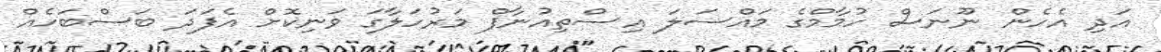
އަދި އެހެން ނޫނަސް ހުމާމްގެ މައްސަލަ އިސްތިއުނާފް މަރުހަލާގަ ވަނިކޮށް އެފަދަ ބަސްބަހެއް